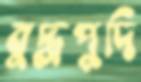
বুদ্ধপুদি